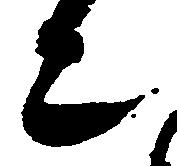
亦